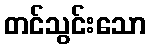
တင်သွင်းသော